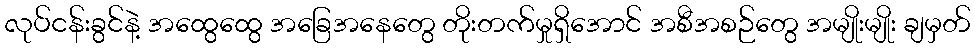
လုပ်ငန်းခွင်နဲ့ အထွေထွေ အခြေအနေတွေ တိုးတက်မှုရှိအောင် အစီအစဉ်တွေ အမျိုးမျိုး ချမှတ်